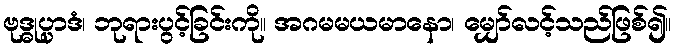
ဗုဒ္ဓုပ္ပာဒံ၊ ဘုရားပွင့်ခြင်းကို။ အဂမမယမာနော၊ မျှော်လင့်သည်ဖြစ်၍။